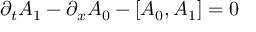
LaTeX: \partial _ { t } A _ { 1 } - \partial _ { x } A _ { 0 } - \left[ A _ { 0 } , A _ { 1 } \right] = 0